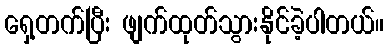
ရှေ့တက်ပြီး ဖျက်ထုတ်သွားနိုင်ခဲ့ပါတယ်။